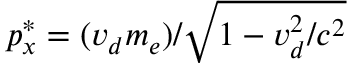
p _ { x } ^ { * } = ( v _ { d } m _ { e } ) / \sqrt { 1 - v _ { d } ^ { 2 } / c ^ { 2 } }